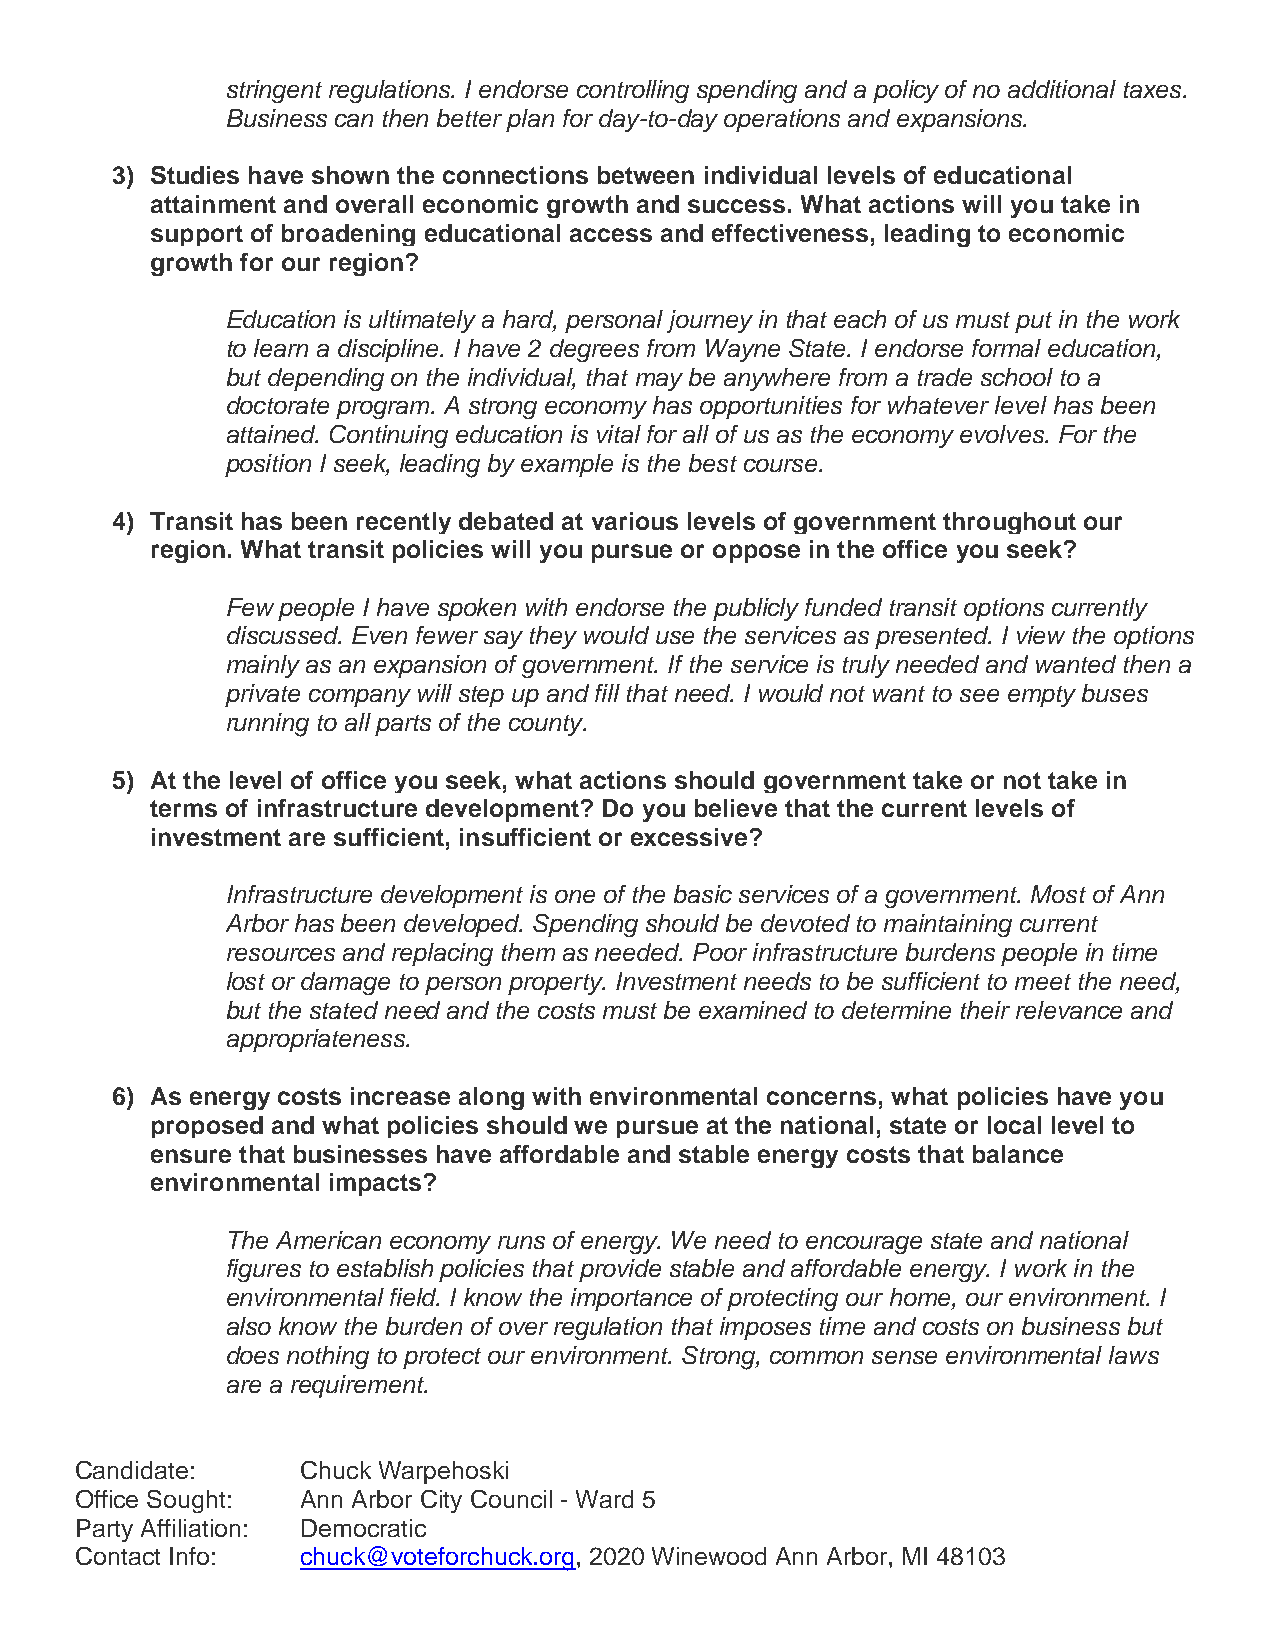
stringent regulations. I endorse controlling spending and a policy of no additional taxes.
 Business can then better plan for day-to-day operations and expansions.
 3) Studies have shown the connections between individual levels of educational
 attainment and overall economic growth and success. What actions will you take in
 support of broadening educational access and effectiveness, leading to economic
 growth for our region?
 Education is ultimately a hard, personal journey in that each of us must put in the work
 to learn a discipline. I have 2 degrees from Wayne State. I endorse formal education,
 but depending on the individual, that may be anywhere from a trade school to a
 doctorate program. A strong economy has opportunities for whatever level has been
 attained. Continuing education is vital for all of us as the economy evolves. For the
 position I seek, leading by example is the best course.
 4) Transit has been recently debated at various levels of government throughout our
 region. What transit policies will you pursue or oppose in the office you seek?
 Few people I have spoken with endorse the publicly funded transit options currently
 discussed. Even fewer say they would use the services as presented. I view the options
 mainly as an expansion of government. If the service is truly needed and wanted then a
 private company will step up and fill that need. I would not want to see empty buses
 running to all parts of the county.
 5) At the level of office you seek, what actions should government take or not take in
 terms of infrastructure development? Do you believe that the current levels of
 investment are sufficient, insufficient or excessive?
 Infrastructure development is one of the basic services of a government. Most of Ann
 Arbor has been developed. Spending should be devoted to maintaining current
 resources and replacing them as needed. Poor infrastructure burdens people in time
 lost or damage to person property. Investment needs to be sufficient to meet the need,
 but the stated need and the costs must be examined to determine their relevance and
 appropriateness.
 6) As energy costs increase along with environmental concerns, what policies have you
 proposed and what policies should we pursue at the national, state or local level to
 ensure that businesses have affordable and stable energy costs that balance
 environmental impacts?
 The American economy runs of energy. We need to encourage state and national
 figures to establish policies that provide stable and affordable energy. I work in the
 environmental field. I know the importance of protecting our home, our environment. I
 also know the burden of over regulation that imposes time and costs on business but
 does nothing to protect our environment. Strong, common sense environmental laws
 are a requirement.
 Candidate:     Chuck Warpehoski
 Office Sought: Ann Arbor City Council - Ward 5
 Party Affiliation: Democratic
 Contact Info:  chuck@voteforchuck.org, 2020 Winewood Ann Arbor, MI 48103